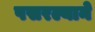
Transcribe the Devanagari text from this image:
पसरल्याने